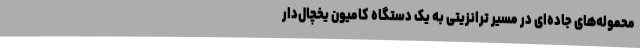
محموله‌های جاده‌ای در مسیر ترانزیتی به یک دستگاه کامیون یخچال‌دار